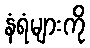
နံရံများကို